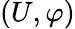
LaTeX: (U,\varphi)